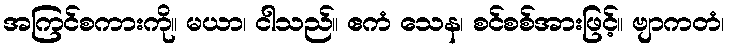
အကြင်စကားကို။ မယာ၊ ငါသည်။ ဧကံ သေန၊ စင်စစ်အားဖြင့်။ ဗျာကတံ၊